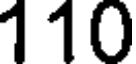
110